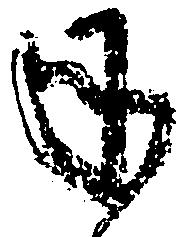
承